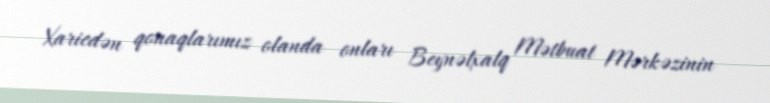
Xaricdən qonaqlarımız olanda onları Beynəlxalq Mətbuat Mərkəzinin